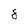
Character: 8